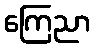
ကြေညာ